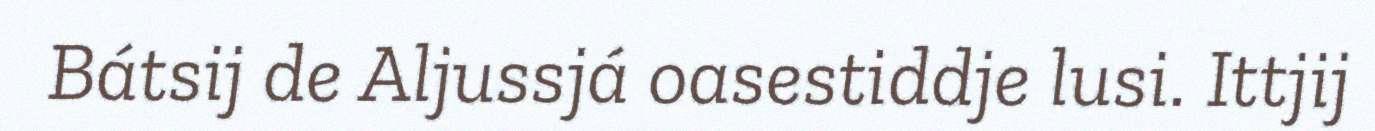
Bátsij de Aljussjá oasestiddje lusi. Ittjij